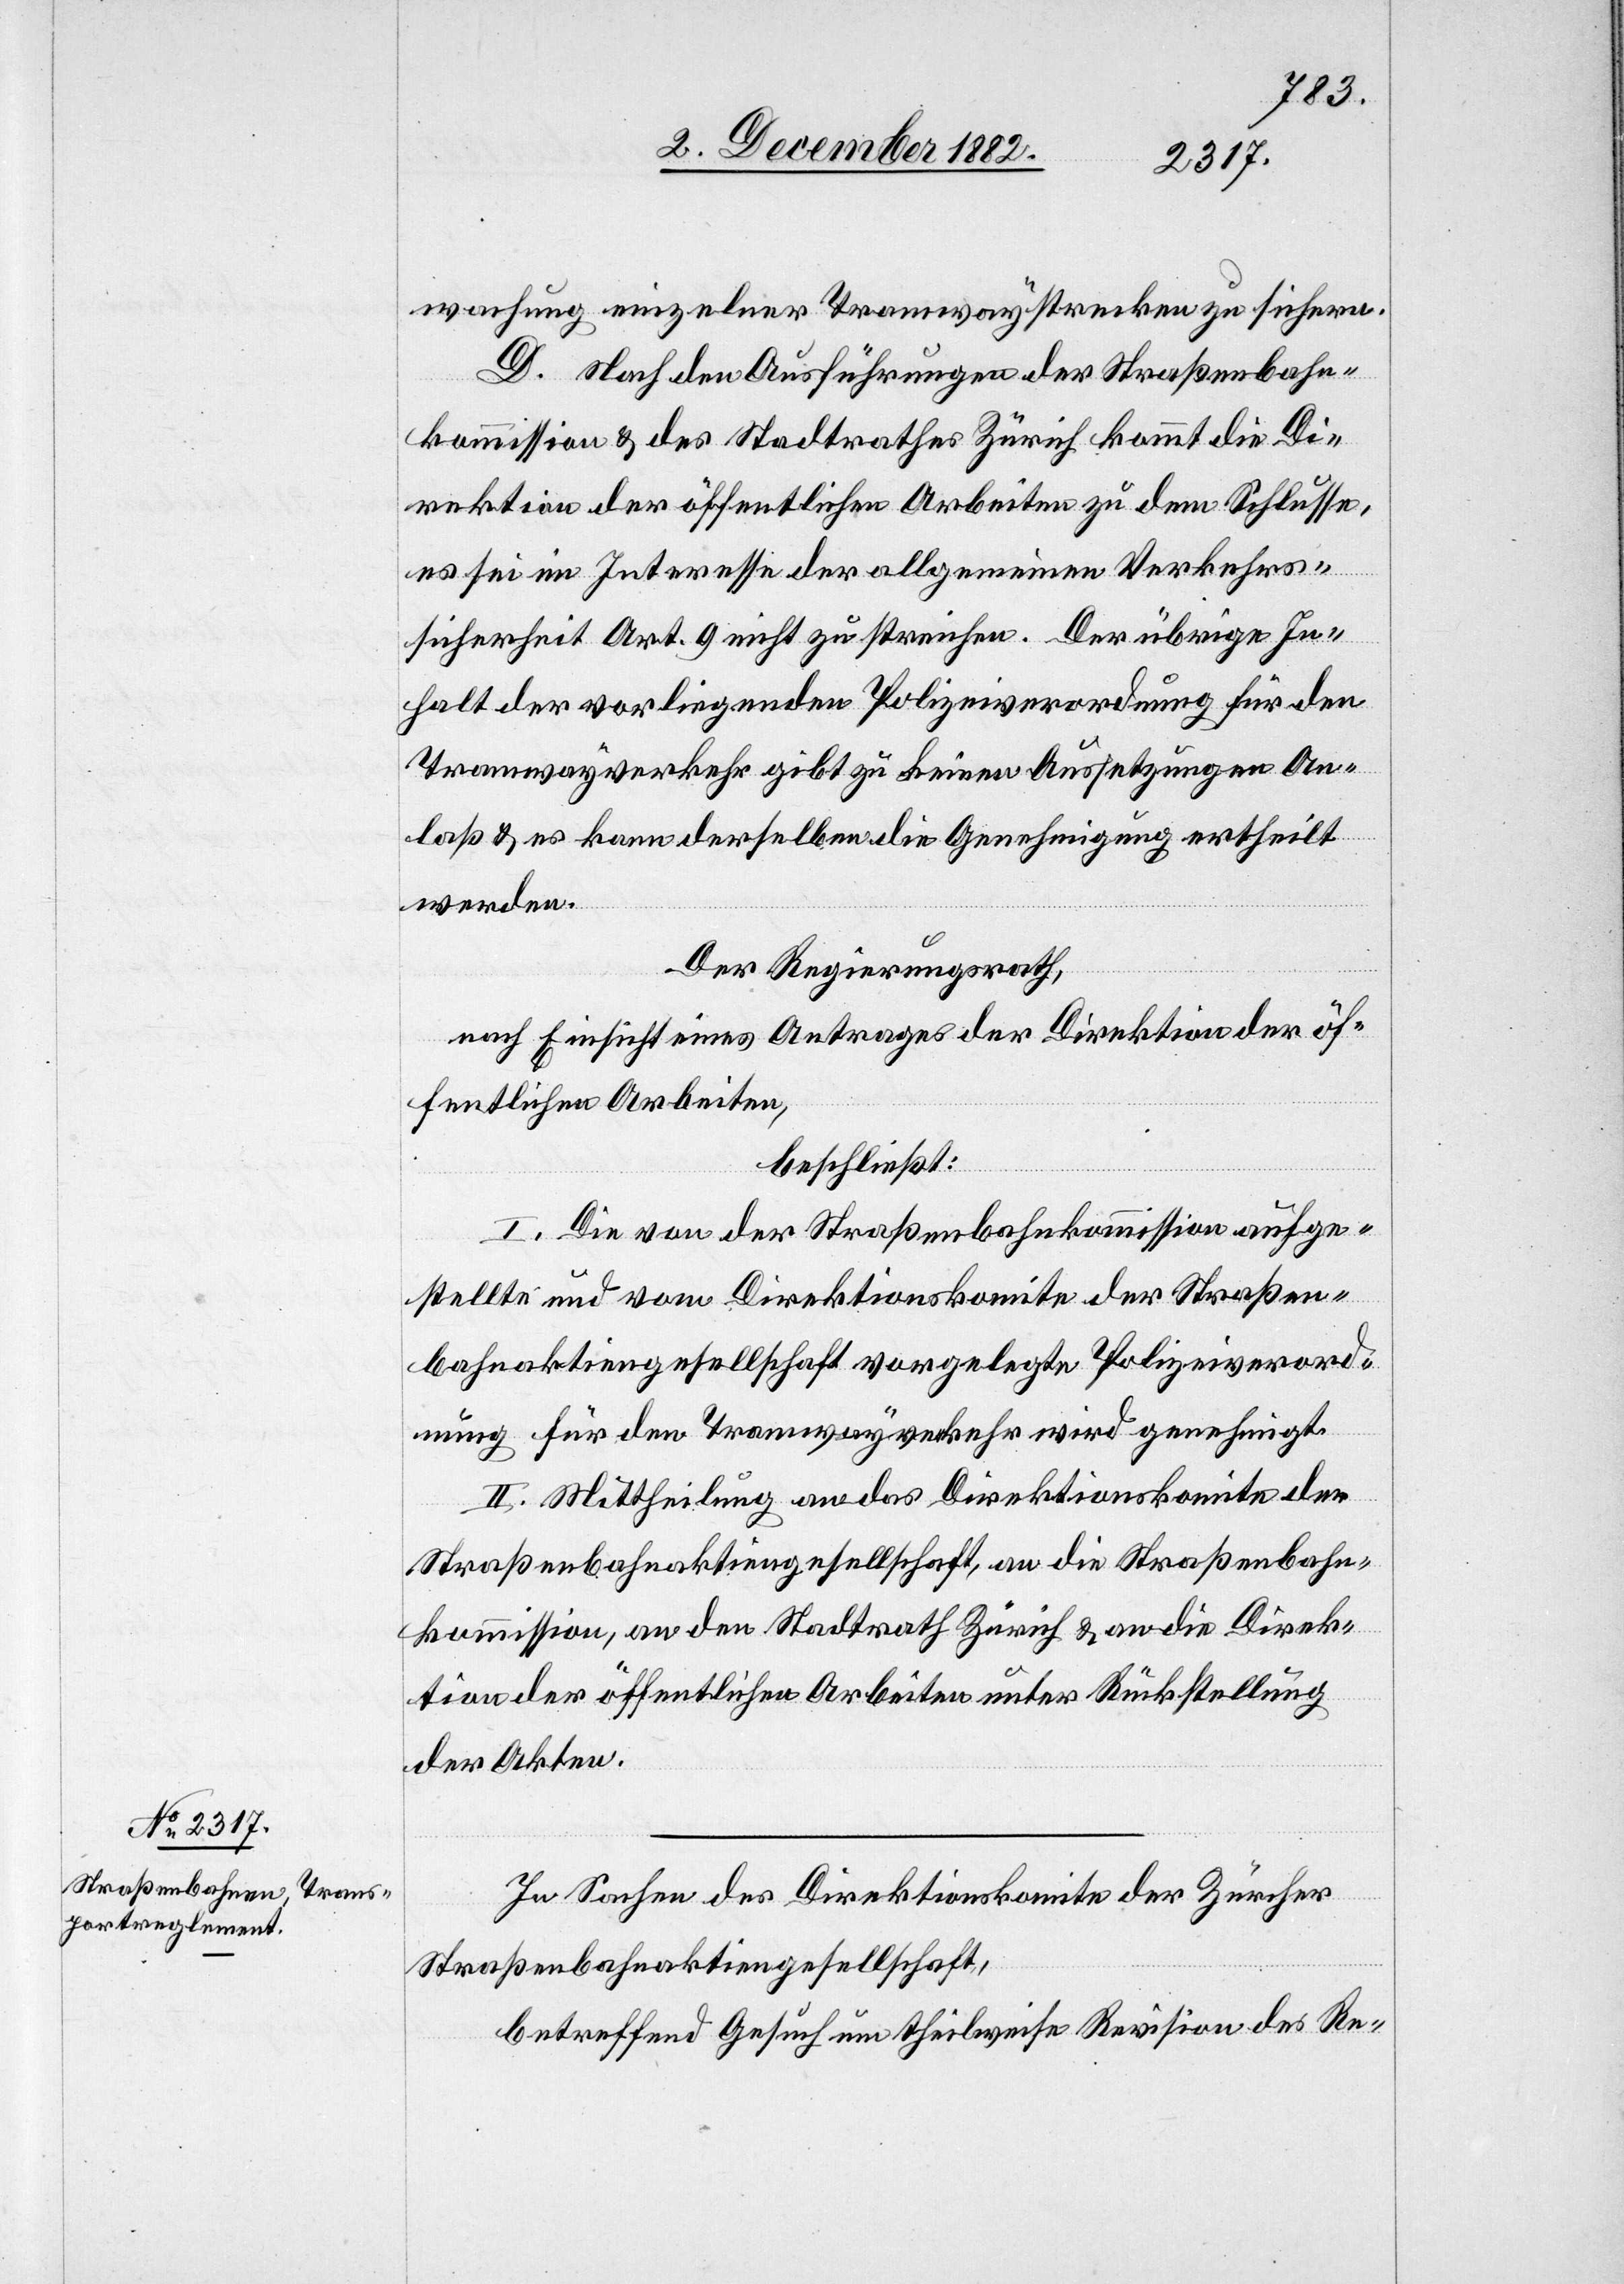
wachung einzelner Tramwaystrecken zu sichern.
D. nach den Ausführungen der Straßenbahn¬
kommission & des Stadtrathes Zürich kommt die Di¬
rektion der öffentlichen Arbeiten zu dem Schlusse,
es sei im Interesse der allgemeinen Verkehrs¬
sicherheit Art. 9 nicht zu streichen. Der übrige In¬
halt der vorliegenden Polizeiverordnung für den
Tramwayverkehr gibt zu keinen Aussetzungen An¬
laß & es kann derselben die Genehmigung ertheilt
werden.
Der Regierungsrath,
nach Einsicht eines Antrages der Direktion der öf¬
fentlichen Arbeiten,
beschließt:
I. Die von der Straßenbahnkommission aufge¬
stellte und vom Direktionskomite der Straßen¬
bahnaktiengesellschaft vorgelegte Polizeiverord¬
nung für den Tramwayverkehr wird genehmigt.
II. Mittheilung an das Direktionskomite der
Straßenbahnaktiengesellschaft, an die Straßenbahn¬
kommission, an den Stadtrath Zürich & an die Direk¬
tion der öffentlichen Arbeiten unter Rückstellung
der Akten.
In Sachen des Direktionskomite der Züricher
Straßenbahnaktiengesellschaft,
betreffend Gesuch um theilweise Revision des Re-